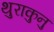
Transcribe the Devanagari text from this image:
थुराकुनु